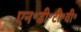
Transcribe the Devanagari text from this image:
एन॰डी॰टी॰वी॰